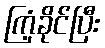
ကြံ့ခိုင်ပြီး